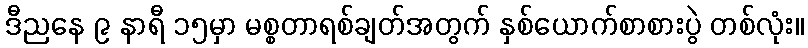
ဒီညနေ ၉ နာရီ ၁၅မှာ မစ္စတာရစ်ချတ်အတွက် နှစ်ယောက်စာစားပွဲ တစ်လုံး။